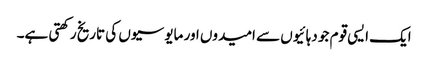
ایک ایسی قوم جو دہائیوں سے امیدوں اور مایوسیوں کی تاریخ رکھتی ہے۔